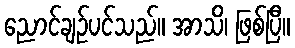
ညောင်ချဉ်ပင်သည်။ အာသိ၊ ဖြစ်ပြီ။